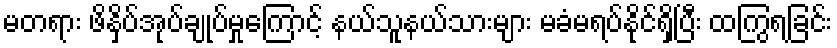
မတရား ဖိနှိပ်အုပ်ချုပ်မှုကြောင့် နယ်သူနယ်သားများ မခံမရပ်နိုင်ရှိပြီး ထကြွရခြင်း